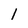
Character: 1